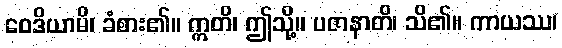
ဝေဒိယာမိ၊ ခံစား၏။ ဣတိ၊ ဤသို့။ ပဇာနာတိ၊ သိ၏။ ကာယဿ၊